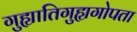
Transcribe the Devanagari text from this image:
गुह्यातिगुह्यगोपता